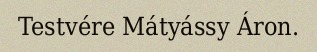
Testvére Mátyássy Áron.